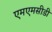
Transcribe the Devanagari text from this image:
एमएमसीडी